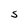
Character: S